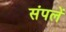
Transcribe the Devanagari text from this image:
संपलें